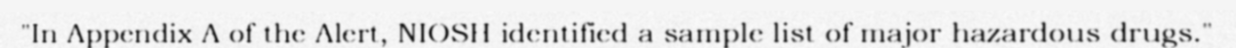
"In Appendix A of the Alert, NIOSH identified a sample list of major hazardous drugs."